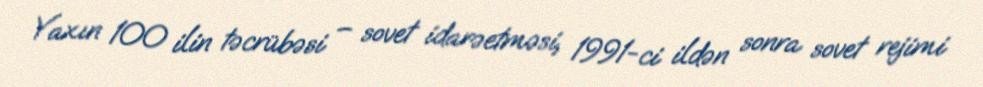
Yaxın 100 ilin təcrübəsi – sovet idarəetməsi, 1991-ci ildən sonra sovet rejimi